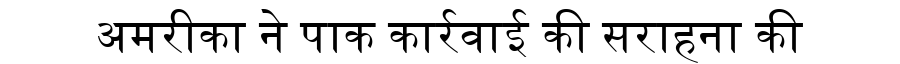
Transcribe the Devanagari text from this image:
अमरीका ने पाक कार्रवाई की सराहना की